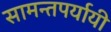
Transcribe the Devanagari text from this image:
सामन्तपर्यायी